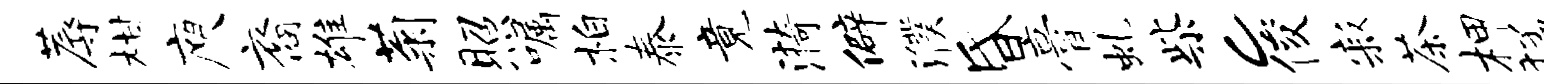
蓐柑庾裔雄菊照嘱柏泰竟漪僻濮昏膏虬柴c俊寂茶柙猛